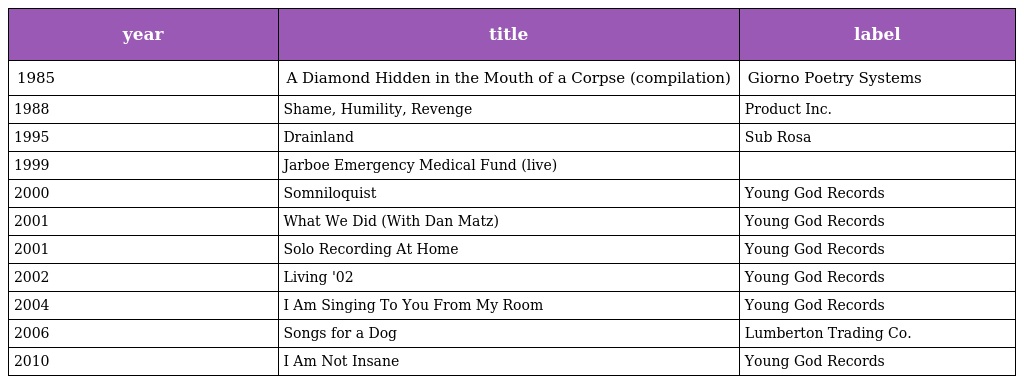
| year | title | label |
 | --- | --- | --- |
 | 1985 | A Diamond Hidden in the Mouth of a Corpse (compilation) | Giorno Poetry Systems |
 | 1988 | Shame, Humility, Revenge | Product Inc. |
 | 1995 | Drainland | Sub Rosa |
 | 1999 | Jarboe Emergency Medical Fund (live) |  |
 | 2000 | Somniloquist | Young God Records |
 | 2001 | What We Did (With Dan Matz) | Young God Records |
 | 2001 | Solo Recording At Home | Young God Records |
 | 2002 | Living '02 | Young God Records |
 | 2004 | I Am Singing To You From My Room | Young God Records |
 | 2006 | Songs for a Dog | Lumberton Trading Co. |
 | 2010 | I Am Not Insane | Young God Records |